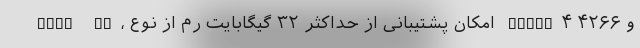
Iris Xe، امکان پشتیبانی از حداکثر ۳۲ گیگابایت رم از نوع LPDDR۴ و ۴۲۶۶